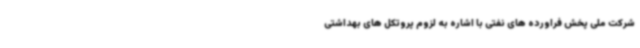
شرکت ملی پخش فراورده های نفتی با اشاره به لزوم پروتکل های بهداشتی